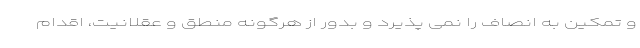
و تمکین به انصاف را نمی پذیرد و بدور از هرگونه منطق و عقلانیت، اقدام